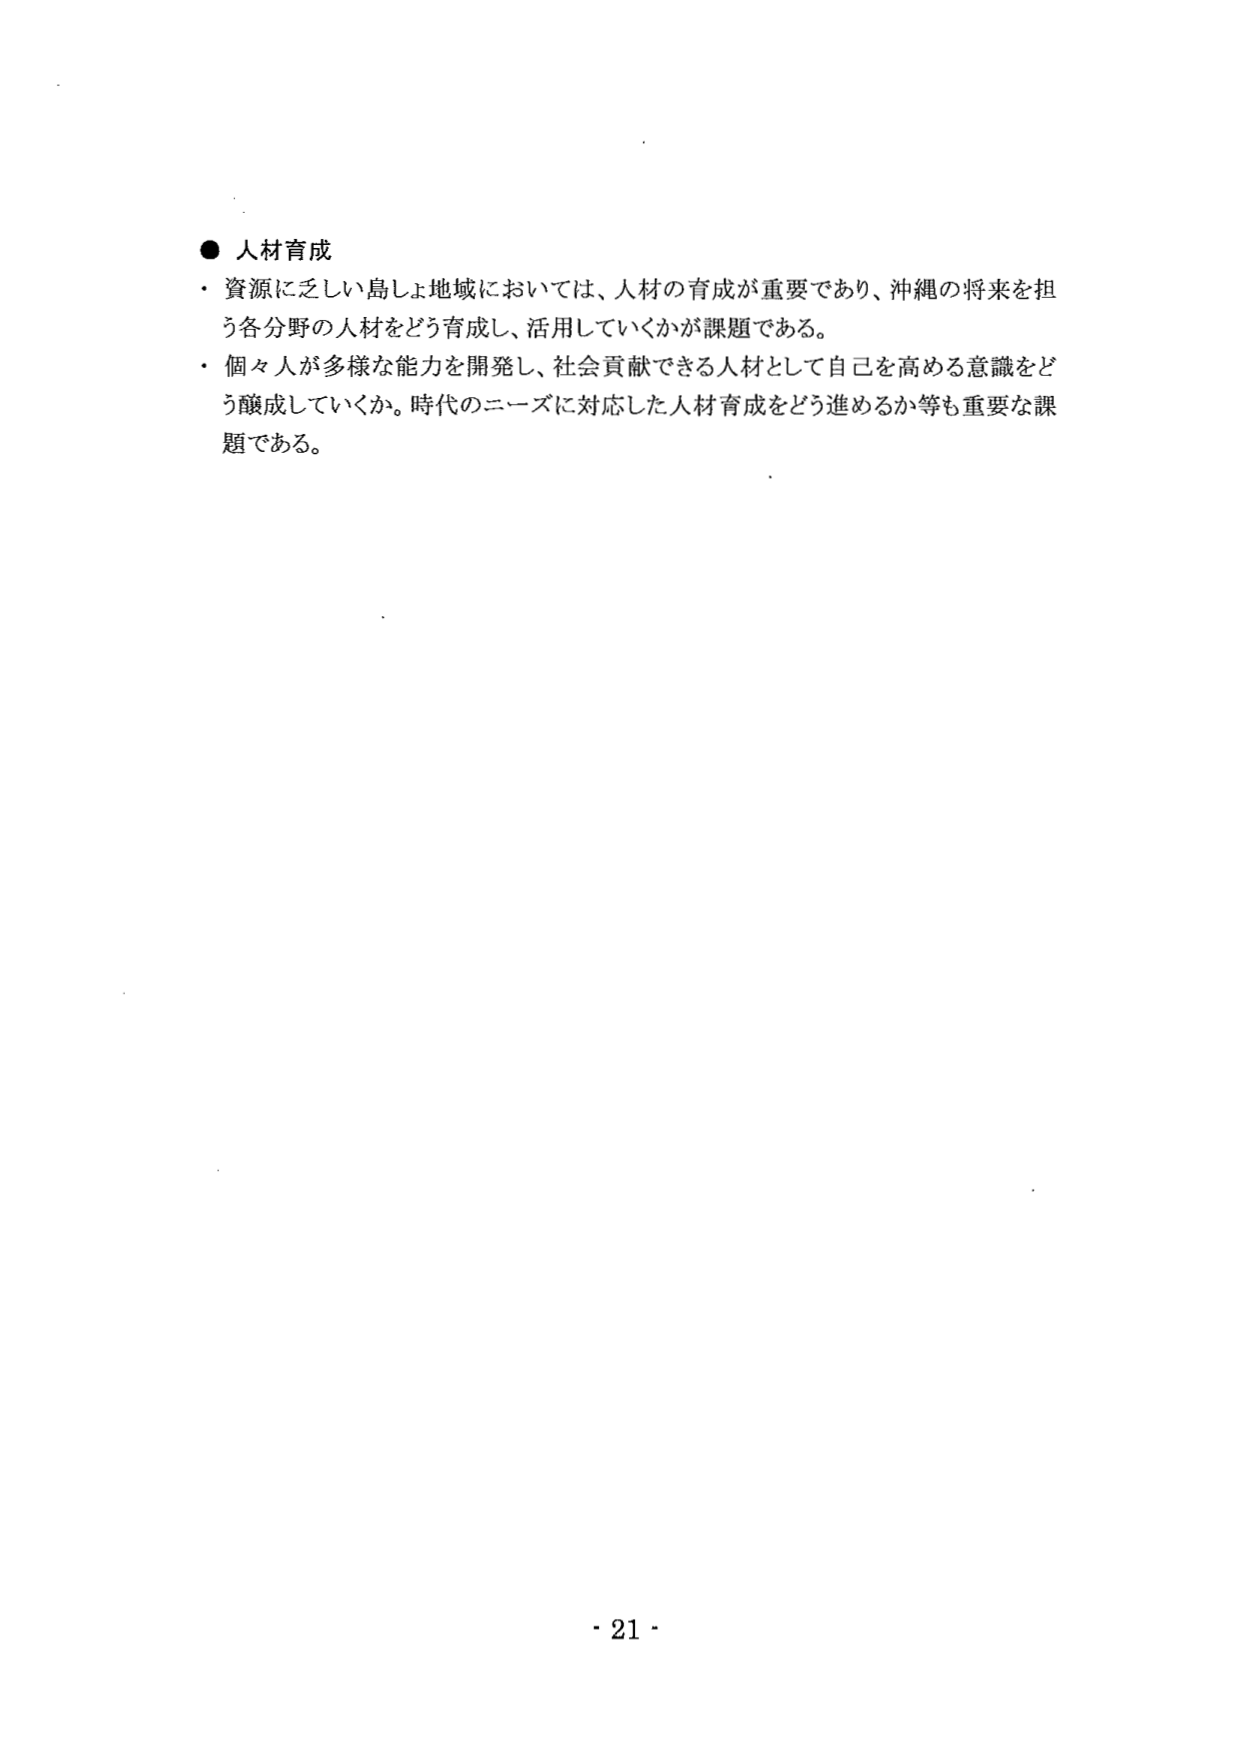
● 人材育成
・ 資源に乏しい島しょ地域においては、人材の育成が重要であり、沖縄の将来を担う各分野の人材をどう育成し、活用していくかが課題である。
・ 個々人が多様な能力を開発し、社会貢献できる人材として自己を高める意識をどう醸成していくか。時代のニーズに対応した人材育成をどう進めるか等も重要な課題である。

- 21 -